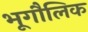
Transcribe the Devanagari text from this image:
भूगौलिक